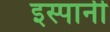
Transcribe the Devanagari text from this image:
इस्पानी